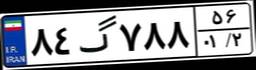
۰۹گ۵۴۰۵۳